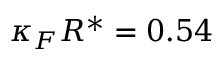
\kappa _ { F } R ^ { * } = 0 . 5 4